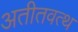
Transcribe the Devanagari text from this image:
अतीतवत्थ